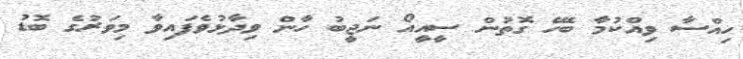
ހިިއްސާ ވިއްކުމާ ބެހޭ ގޮތުން ސީއީއޯ ނަޖީބު ހާން ވިދާޅުވެފައިވާ މިވަރުގެ ބޮޑު